Vaccination in the Punjab 1867-1880 - 1867-1880
Year: 1867
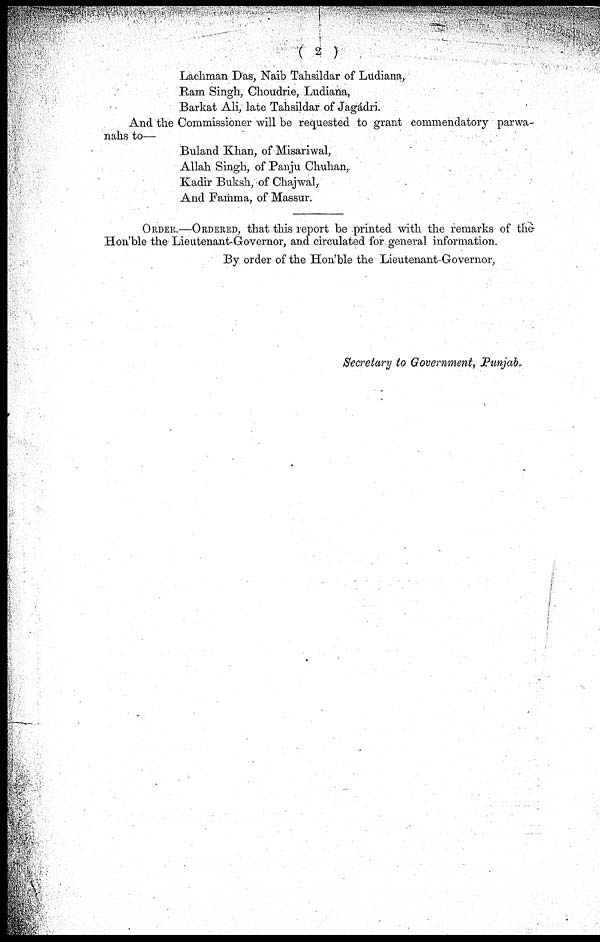
( 2 )
Lachman Das, Naib Tahsildar of Ludiana,
Ram Singh, Choudrie, Ludiana,
Barkat Ali, late Tahsildar of Jagádri.
And the Commissioner will be requested to grant commendatory parwa-
nahs to—
Buland Khan, of Misariwal,
Allah Singh, of Panju Chuhan,
Kadir Buksh, of Chajwal,
And Famma, of Massur.
ORDER.—ORDERED, that this report be printed with the remarks of the
Hon'ble the Lieutenant-Governor, and circulated for general information.
By order of the Hon'ble the Lieutenant-Governor,
Secretary to Government, Punjab.